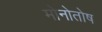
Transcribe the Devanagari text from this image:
मोनोतोष